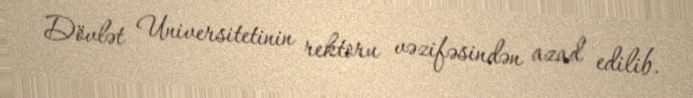
Dövlət Universitetinin rektoru vəzifəsindən azad edilib.